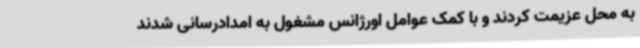
به محل عزیمت کردند و با کمک عوامل اورژانس مشغول به امدادرسانی شدند